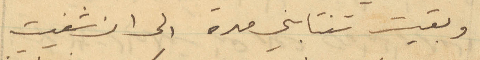
وبقيت تنتابني مدة الى ان شفيت